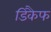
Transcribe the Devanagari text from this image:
डिकैफ